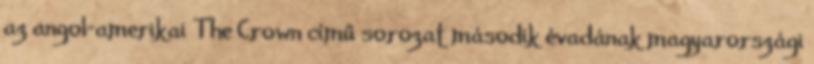
az angol-amerikai The Crown című sorozat második évadának magyarországi